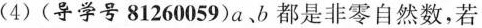
(4)(导学号81260059)a、b都是非零自然数，若